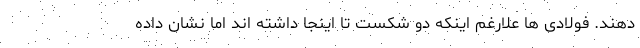
دهند. فولادی ها علارغم اینکه دو شکست تا اینجا داشته اند اما نشان داده